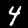
Label: 4